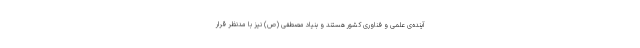
آینده‌ی علمی و فناوری کشور هستند و بنیاد مصطفی (ص) نیز با مدنظر قرار